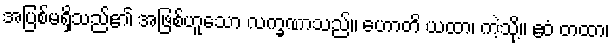
အပြစ်မရှိသည်၏ အဖြစ်ဟူသော လက္ခဏာသည်။ ဟောတိ ယထာ၊ ကဲ့သို့။ ဧဝံ တထာ၊